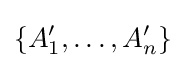
\{A_{1}^{\prime },\ldots ,A_{n}^{\prime }\}